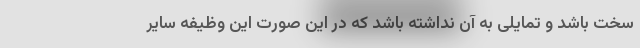
سخت باشد و تمایلی به آن نداشته باشد که در این صورت این وظیفه سایر